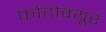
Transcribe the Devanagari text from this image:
फोटोक्यूर